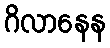
ဂိလာနေန